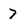
Character: 7